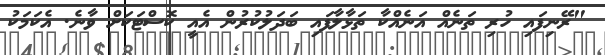
"ރޭނިފައި ހުރި ތަނެއް އަނެއްކާ ތަޅާލާފައި ބަދަލުކުރުން އެއީ ކޮސްޓަކަށް ވާނެ. އެކަމަކު